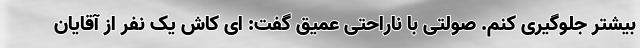
بیشتر جلوگیری کنم. صولتی با ناراحتی عمیق گفت: ای کاش یک نفر از آقایان